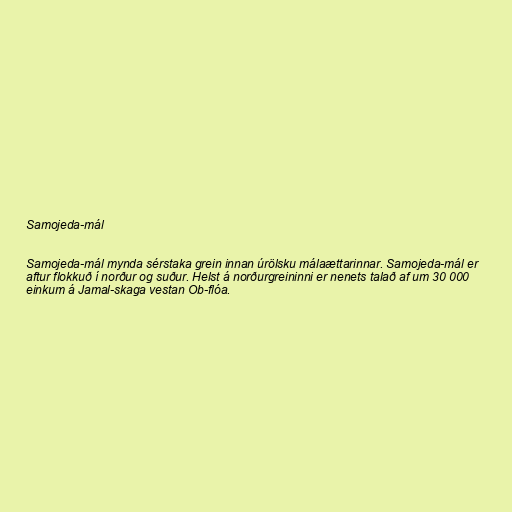
Samojeda-mál

Samojeda-mál mynda sérstaka grein innan úrölsku málaættarinnar. Samojeda-mál er
aftur flokkuð í norður og suður. Helst á norðurgreininni er nenets talað af um 30 000
einkum á Jamal-skaga vestan Ob-flóa.